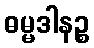
ဓမ္မဒါနဉ္စ